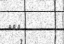
١١٤